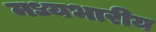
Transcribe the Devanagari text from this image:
मध्यभारीय